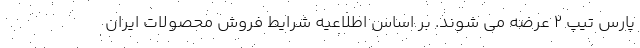
پارس تیپ ۲ عرضه می شوند. بر اساس اطلاعیه شرایط فروش محصولات ایران